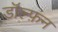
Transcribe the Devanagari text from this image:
डॉल्फ़न